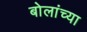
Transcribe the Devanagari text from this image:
बोलांच्या